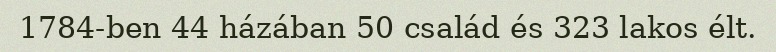
1784-ben 44 házában 50 család és 323 lakos élt.